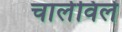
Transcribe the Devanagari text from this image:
चार्लविले